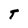
Character: T